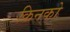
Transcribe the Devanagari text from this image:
किनको